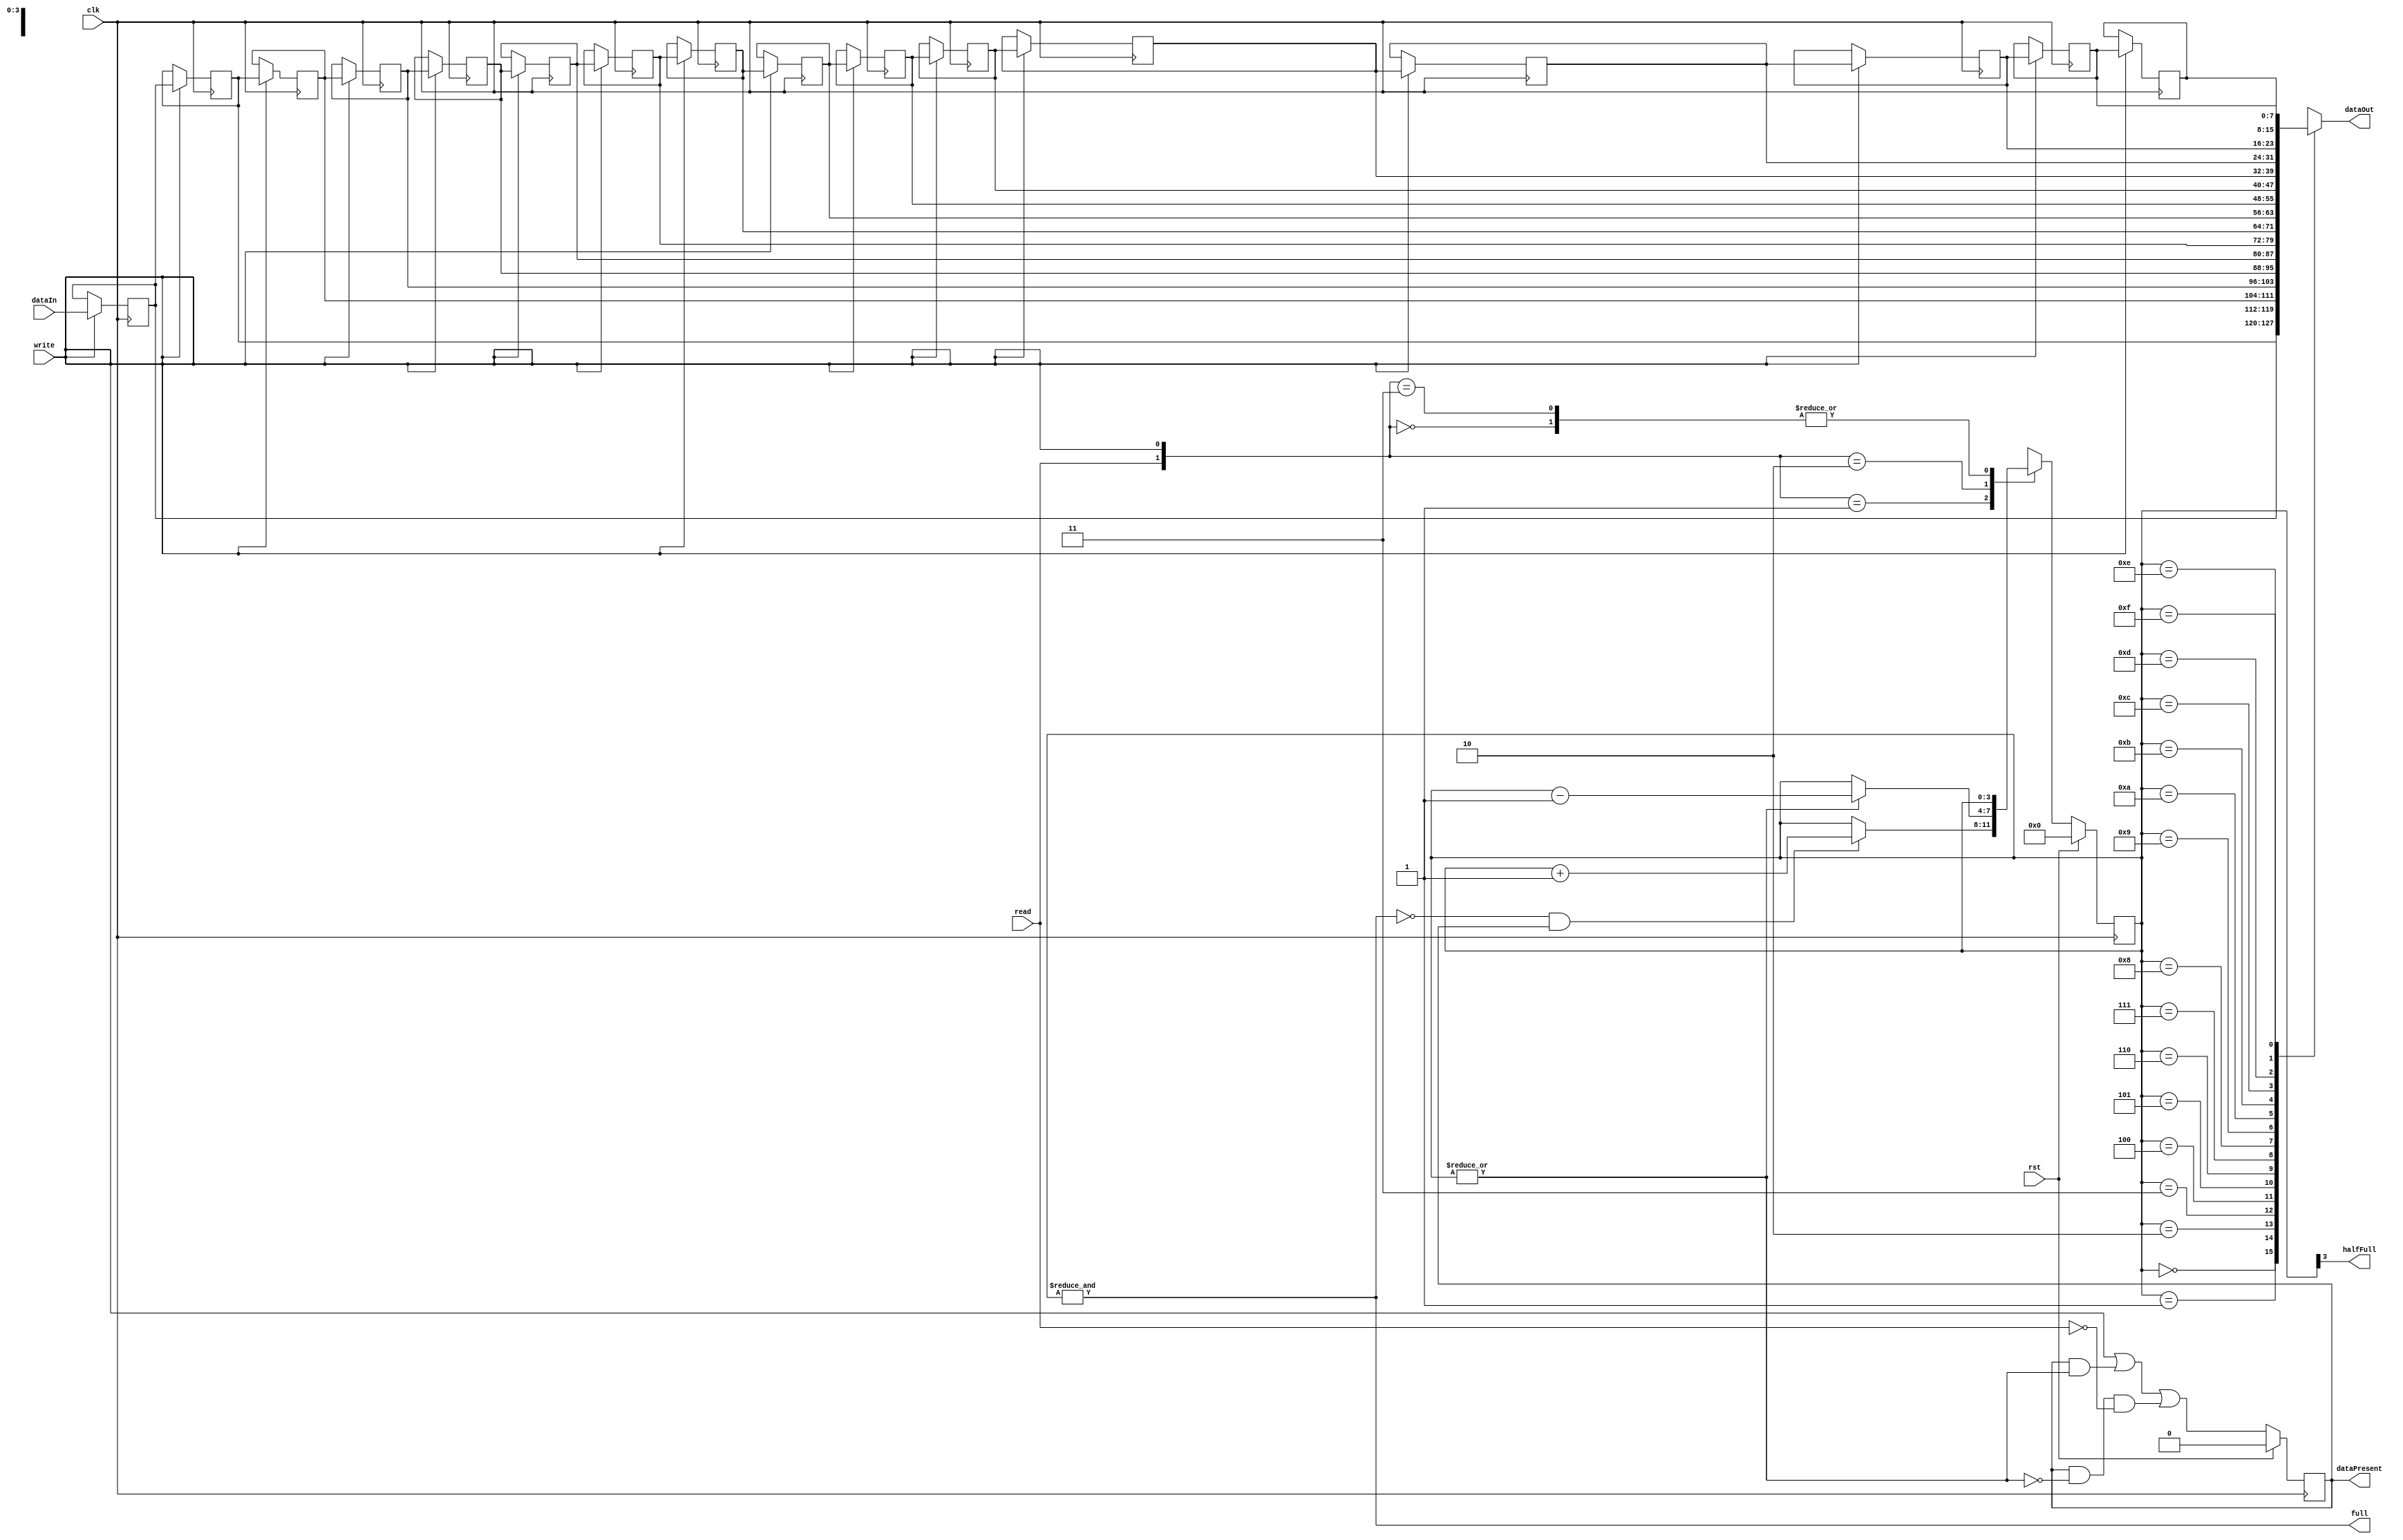
module Fifo #(
    parameter WIDTH      = 8, ///< Width of data word
    parameter LOG2_DEPTH = 4  ///< log2(depth of FIFO). Must be an integer
)
(
    // Inputs
    input clk,                       ///< System clock
    input rst,                       ///< Reset FIFO pointer
    input write,                     ///< Write strobe (1 clk)
    input read,                      ///< Read strobe (1 clk)
    input [WIDTH-1:0] dataIn,        ///< Data to write
    // Outputs
    output wire [WIDTH-1:0] dataOut, ///< Data from FIFO
    output reg dataPresent,          ///< Data is present in FIFO
    output wire halfFull,            ///< FIFO is half full
    output wire full                 ///< FIFO is full
);

reg [WIDTH-1:0] memory[2**LOG2_DEPTH-1:0];
reg [LOG2_DEPTH-1:0] pointer;

wire zero;

integer i;

// Zero out internal memory
initial begin
    pointer     = 'd0;
    dataPresent = 1'b0;
    for (i=0; i<(2**LOG2_DEPTH); i=i+1) begin
        memory[i] = 'd0;
    end
end

// Shift register for FIFO
always @(posedge clk) begin
    if (write) begin
        memory[0] <= dataIn;
        for (i=1; i<(2**LOG2_DEPTH); i=i+1) begin
            memory[i] <= memory[i-1];
        end
    end
end
assign dataOut = memory[pointer];

// Pointer for FIFO
always @(posedge clk) begin
    if (rst) begin
        pointer <= 'd0;
        dataPresent <= 1'b0;
    end
    else begin
        dataPresent <= write 
                     | (dataPresent & ~zero)
                     | (dataPresent &  zero & ~read);
        case ({read, write})
            2'b00 : pointer <= pointer;
            2'b01 : pointer <= (!full && dataPresent) ? pointer + 2'd1 : pointer;
            2'b10 : pointer <= (!zero)  ? pointer - 2'd1 : pointer;
            2'b11 : pointer <= pointer;
        endcase
    end
end

assign zero = ~|pointer;
assign halfFull = pointer[LOG2_DEPTH-1];  
assign full = &pointer;

endmodule